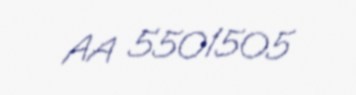
AA 5501505